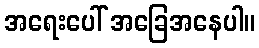
အရေးပေါ် အခြေအနေပါ။